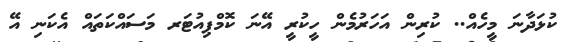
ކުޅަދާނަ މީހެއް.. ކުރިން އަހަރުމެން ހީކުރީ އޭނަ ކޮމްޕިއުޓަރ މަސައްކަތައް އެކަނި އޭ